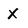
Character: X